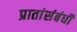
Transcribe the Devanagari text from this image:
प्रातांसंबंधी